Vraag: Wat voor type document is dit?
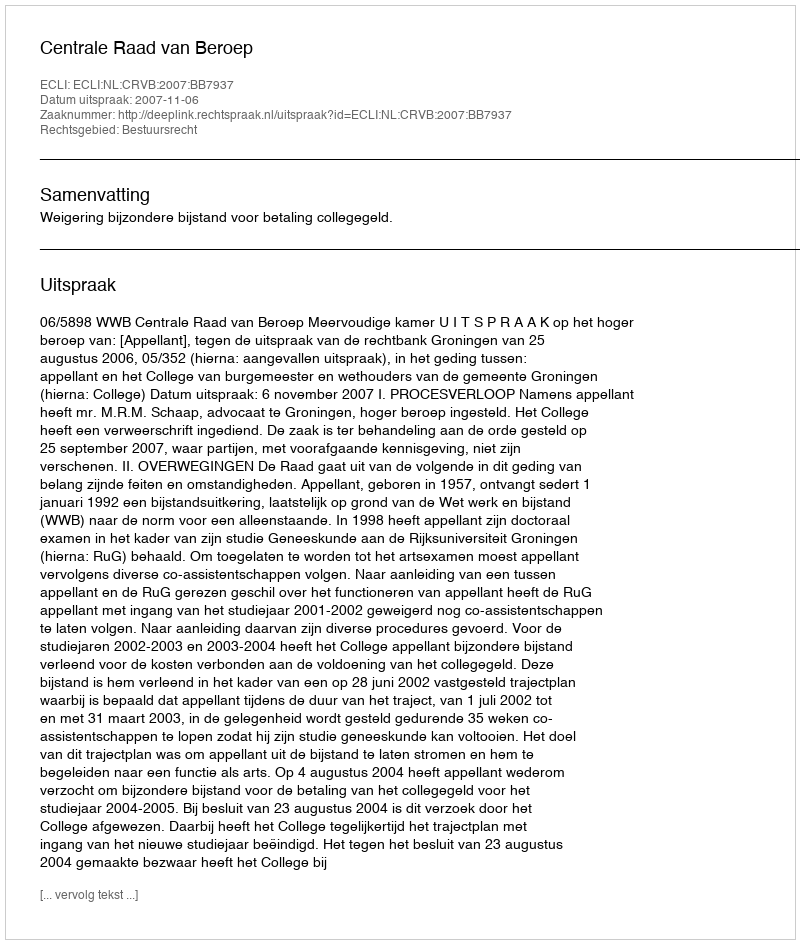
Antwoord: Uitspraak